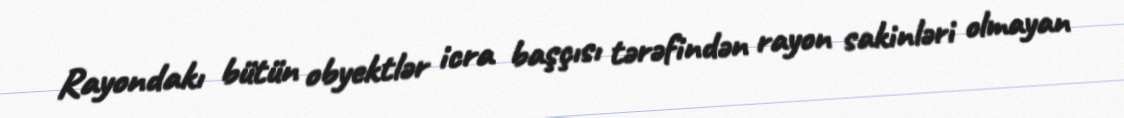
Rayondakı bütün obyektlər icra başçısı tərəfindən rayon sakinləri olmayan